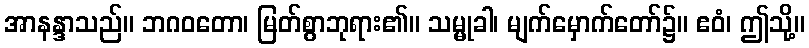
အာနန္ဒာသည်။ ဘဂဝတော၊ မြတ်စွာဘုရား၏။ သမ္မုခါ၊ မျက်မှောက်တော်၌။ ဧဝံ၊ ဤသို့။